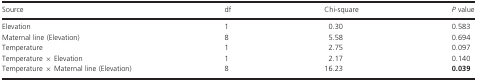
<table><thead><tr><td><b>Source</b></td><td><b>df</b></td><td><b>Chi-square</b></td><td><b><i>P</i> value</b></td></tr></thead><tbody><tr><td>Elevation</td><td>1</td><td>0.30</td><td>0.583</td></tr><tr><td>Maternal line (Elevation)</td><td>8</td><td>5.58</td><td>0.694</td></tr><tr><td>Temperature</td><td>1</td><td>2.75</td><td>0.097</td></tr><tr><td>Temperature × Elevation</td><td>1</td><td>2.17</td><td>0.140</td></tr><tr><td>Temperature × Maternal line (Elevation)</td><td>8</td><td>16.23</td><td><b>0.039</b></td></tr></tbody></table>